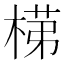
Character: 𭪺